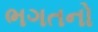
ભગતનો